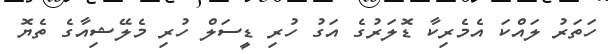
ހަތަރު ލައްކަ އެމެރިކާ ޑޮލަރުގެ އަގު ހުރި ޑީސަލް ހުރި މެލޭޝިއާގެ ތެޔޮ